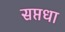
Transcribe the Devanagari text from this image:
सप्तधा